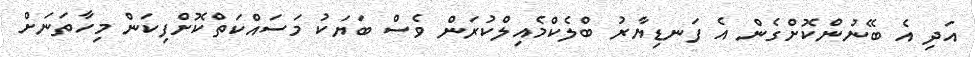
އަދި އެ ބޭނުންކޮށްގެން އެ ފަނޑިޔާރު ބްލެކްމެއިލްކުރަން ވެސް ބަޔަކު މަސައްކަތްކޮށްފިކަން މިހާތަނަށް